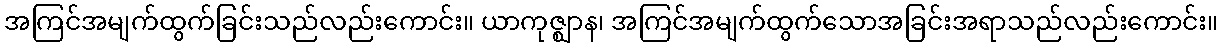
အကြင်အမျက်ထွက်ခြင်းသည်လည်းကောင်း။ ယာကုဇ္ဈာန၊ အကြင်အမျက်ထွက်သောအခြင်းအရာသည်လည်းကောင်း။